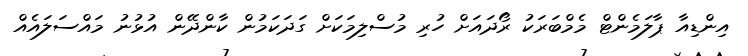
އިންޑިއާ ޕާލަމެންޓް މެމްބަރަކު ރޯދައަށް ހުރި މުސްލިމަކަށް ގަދަކަމުން ކާންދޭން އުޅުނު މައްސަލައެއް